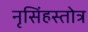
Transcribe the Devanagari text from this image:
नृसिंहस्तोत्र